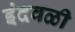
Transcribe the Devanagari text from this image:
इंदवळी